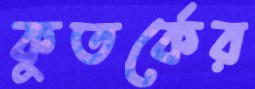
কুতর্কের